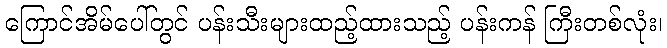
ကြောင်အိမ်ပေါ်တွင် ပန်းသီးများထည့်ထားသည့် ပန်းကန် ကြီးတစ်လုံး၊